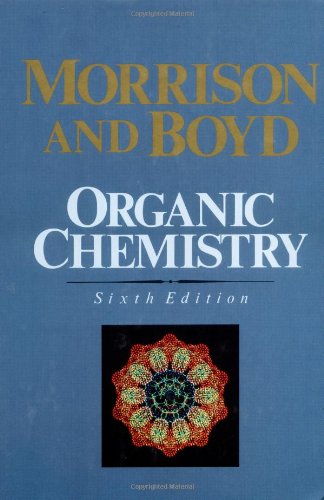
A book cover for Organic Chemistry, 6th Edition; Robert T. Morrison; Science & Math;